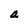
Character: a